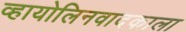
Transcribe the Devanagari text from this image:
व्हायोलिनवादकाला